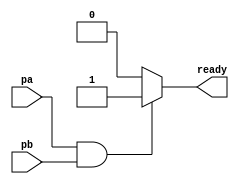
module ReadyBox(ready, pa, pb);
	input pa, pb;
	output ready;
	reg ready;

	always begin
		if( pa == 1'b1 && pb == 1'b1) begin
			ready <= 1'b1;
		end else
			ready <= 1'b0;
	end
endmodule